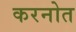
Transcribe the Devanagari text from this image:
करनोत